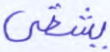
يشقى